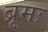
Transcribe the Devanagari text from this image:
ब्रूमः